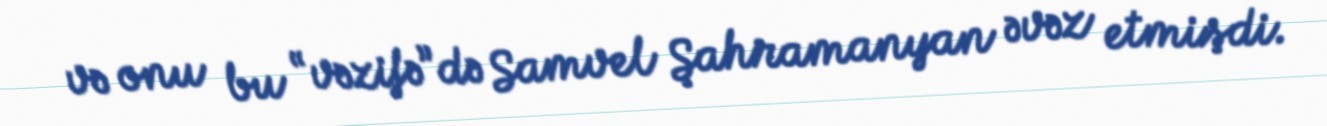
və onu bu “vəzifə”də Samvel Şahramanyan əvəz etmişdi.